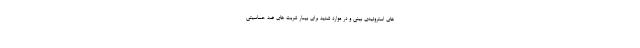
های استروئیدی بینی و در موارد شدید برای بیمار شربت های ضد حساسیتی